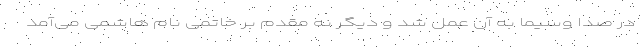
در صدا وسیما به آن عمل شد و دیگر نه مقدم بر خاتمی نام هاشمی می‌آمد